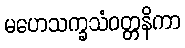
မဟေသက္ခသံဝတ္တနိကာ